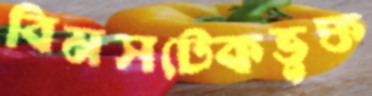
বিমসটেকভুক্ত